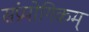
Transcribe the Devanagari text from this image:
संप्रयोगिकम्